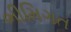
ભીમિગત